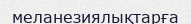
меланезиялықтарға